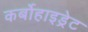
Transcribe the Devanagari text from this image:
कर्बोहाइड्रेट